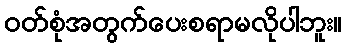
ဝတ်စုံအတွက်ပေးစရာမလိုပါဘူး။